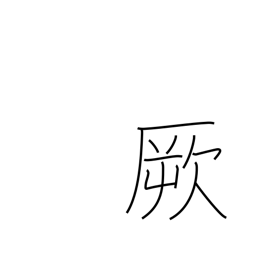
Meaning: that